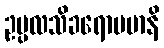
ဥပ္ပလသိခရောပမာနိ